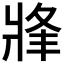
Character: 𤖀